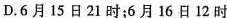
D.6月15日21时；6月16日12时